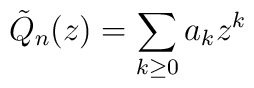
\tilde{Q}_n(z)=\sum_{k\geq 0}a_k z^k